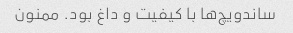
ساندویچ‌ها با کیفیت و داغ بود. ممنون